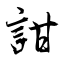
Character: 詌